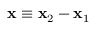
\mathbf { x } \equiv \mathbf { x } _ { 2 } - \mathbf { x } _ { 1 }